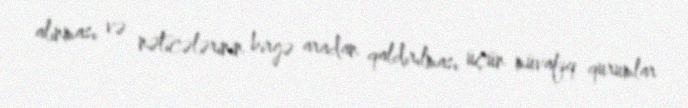
alınması və nəticələrinin birgə aradan qaldırılması üçün müvafiq qurumlar